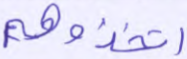
اتخذوهم